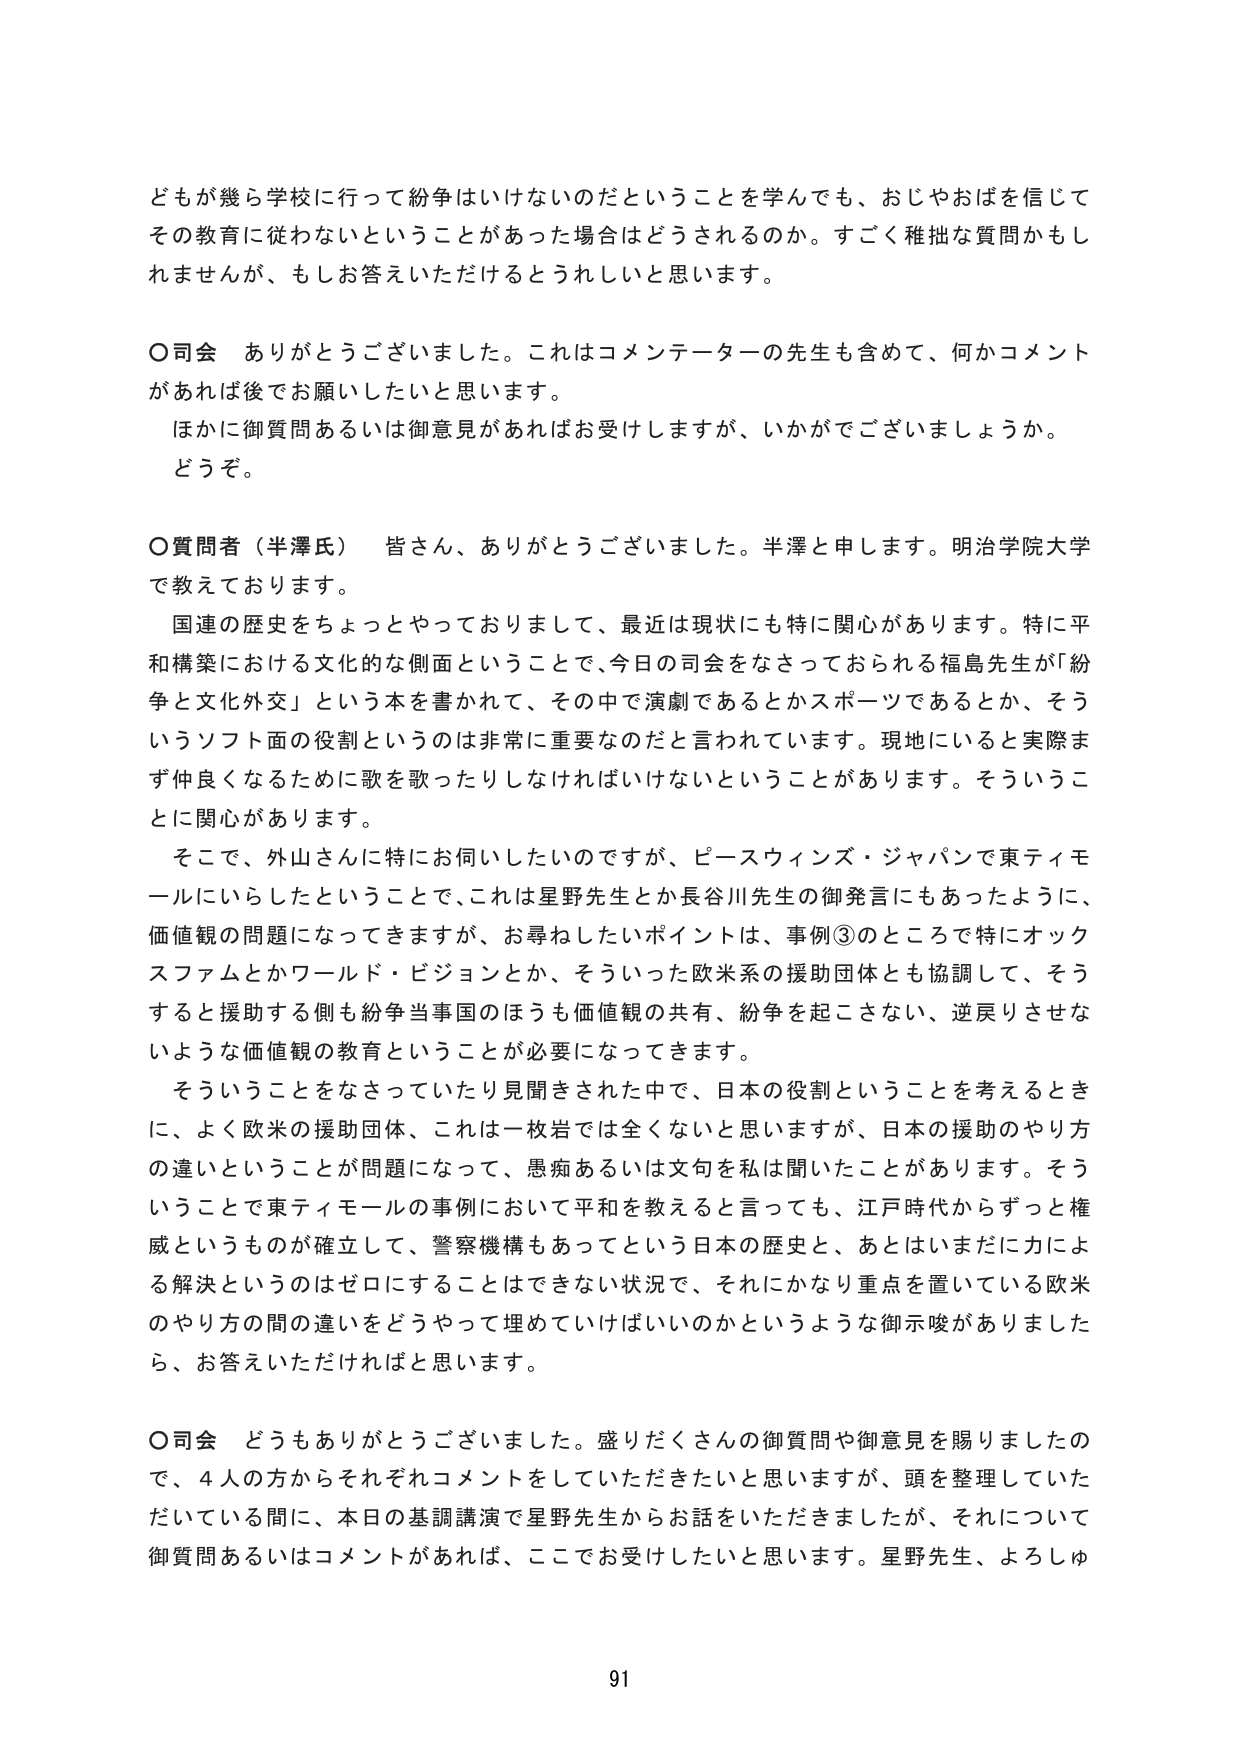
どもが幾ら学校に行って紛争はいけないのだということを学んでも、おじやおばを信じてその教育に従わないということがあった場合はどうされるのか。すごく稚拙な質問かもしれませんが、もしお答えいただけるとうれしいと思います。

〇司会　ありがとうございました。これはコメンテーターの先生も含めて、何かコメントがあれば後でお願いしたいと思います。
　　ほかに御質問あるいは御意見があればお受けしますが、いかがでございましょうか。
　　どうぞ。

〇質問者（半澤氏）　皆さん、ありがとうございました。半澤と申します。明治学院大学で教えております。
　　国連の歴史をちょっとやっておりまして、最近は現状にも特に関心があります。特に平和構築における文化的な側面ということで、今日の司会をなさっておられる福島先生が『紛争と文化外交』という本を書かれて、その中で演劇であるとかスポーツであるとか、そういうソフト面の役割というのは非常に重要なのだと言われています。現地にいると実際まず仲良くなるために歌を歌ったりしなければいけないということがあります。そういうことに関心があります。
　　そこで、外山さんに特にお伺いしたいのですが、ピースウィンズ・ジャパンで東ティモールにいらしたということで、これは星野先生とか長谷川先生の御発言にもあったように、価値観の問題になってきますが、お尋ねしたいポイントは、事例③のところ特にオックスファムとかワールド・ビジョンとか、そういった欧米系の援助団体とも協調して、そうすると援助する側も紛争当事国のほうも価値観の共有、紛争を起こさない、逆戻りさせないような価値観の教育ということが必要になってきます。
　　そういうことをなさっていたり見聞きされた中で、日本の役割ということを考えるときに、よく欧米の援助団体、これは一枚岩では全くないと思いますが、日本の援助のやり方の違いということが問題になって、愚痴あるいは文句私は聞いたことがあります。そういうことで東ティモールの事例において平和を教えると言っても、江戸時代からずっと権威というものが確立して、警察機構もあってという日本の歴史と、あとはいまだに力による解決というのはゼロにすることはできない状況で、それにかなり重点を置いている欧米のやり方の間の違いをどうやって埋めていけばいいのかというような御示唆がありましたら、お答えいただければと思います。

〇司会　どうもありがとうございました。盛りだくさんの御質問や御意見を賜りましたので、4人の方からそれぞれコメントをしていただきたいと思いますが、頭を整理していただいている間に、本日の基調講演で星野先生からお話をいただきましたが、それについて御質問あるいはコメントがあれば、ここでお受けしたいと思います。星野先生、よろしゅ

91